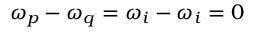
\omega _ { p } - \omega _ { q } = \omega _ { i } - \omega _ { i } = 0